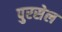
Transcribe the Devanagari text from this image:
पुरसेल